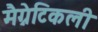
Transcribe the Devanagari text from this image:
मैग्नेटिकली